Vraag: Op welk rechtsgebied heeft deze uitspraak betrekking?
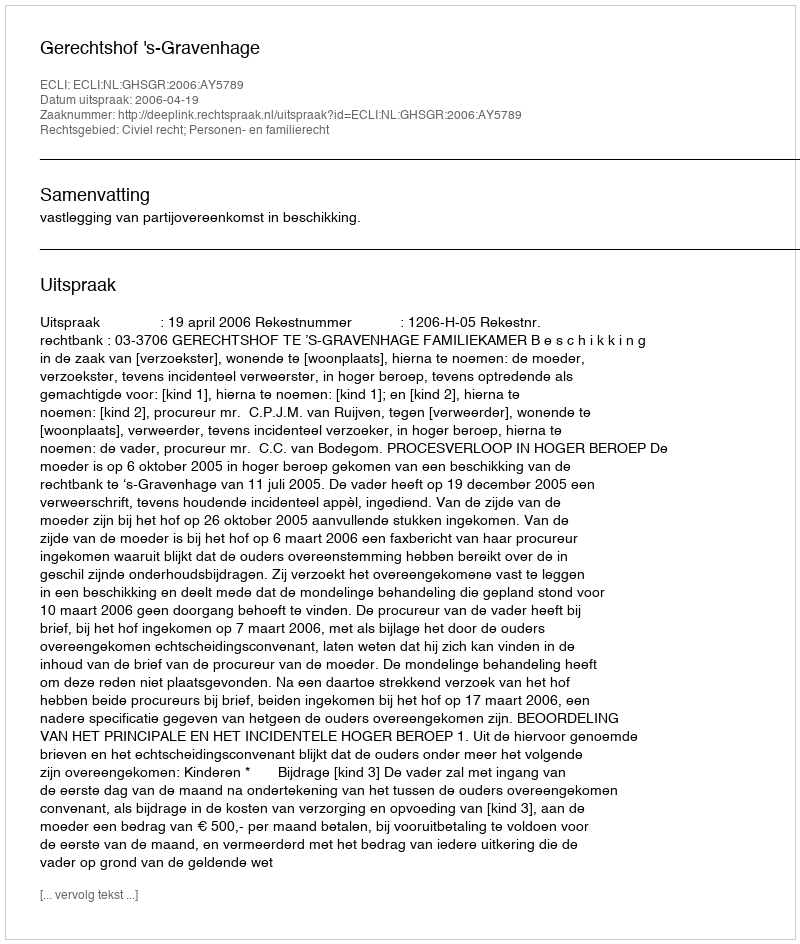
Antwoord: Civiel recht; Personen- en familierecht